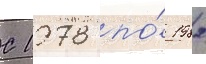
С 1978 по́ 1982